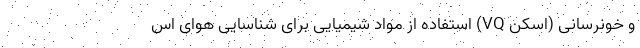
و خونرسانی (اسکن VQ) استفاده از مواد شیمیایی برای شناسایی هوای اس